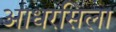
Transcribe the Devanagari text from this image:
आधरसिला